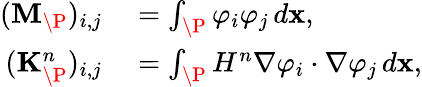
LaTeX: \begin{array}{rl}{(\mathbf{M}_{\P})_{i,j}}&{{}=\int_{\P}\varphi_{i}\varphi_{j}\, d\mathbf{x},}\\ {(\mathbf{K}_{\P}^{n})_{i,j}}&{{}=\int_{\P}H^{n}\nabla\varphi_{i}\cdot\nabla\varphi_{j}\, d\mathbf{x},}\end{array}